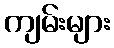
ကျမ်းများ